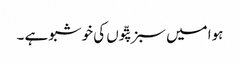
ہوا میں سبز پتّوں کی خوشبو ہے ۔